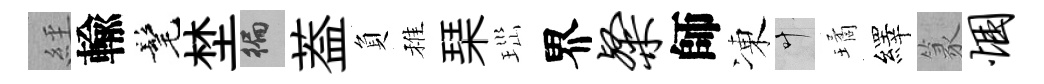
𦀇輸髦埜徧葢負稚琹𤤼界粲師凍叶璚繹篆悃